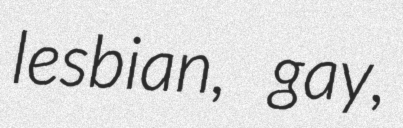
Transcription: lesbian, gay,